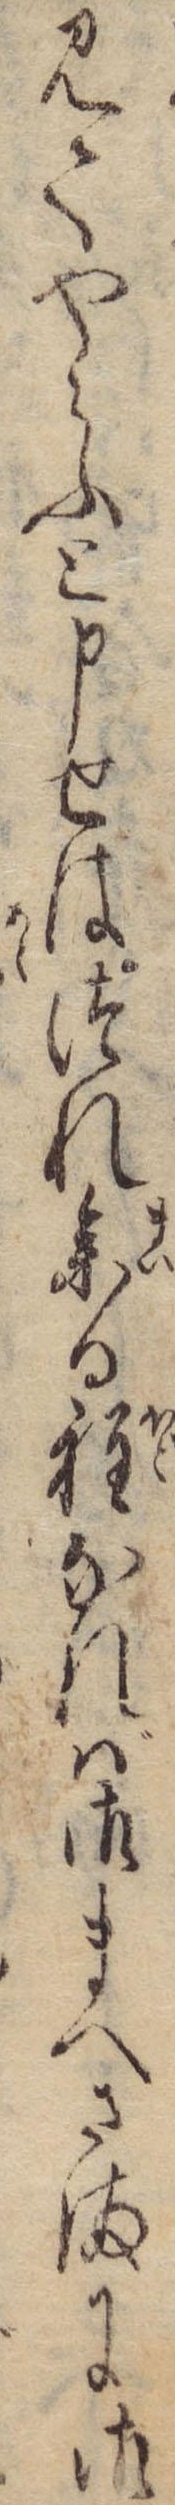
見てやらふと申せはつれ参る程なれば御まへさまに御